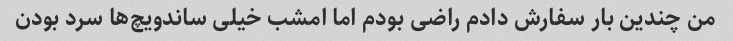
من چندین بار سفارش دادم راضی بودم اما امشب خیلی ساندویچ‌ها سرد بودن